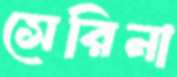
সেরিনা